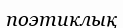
поэтиклық